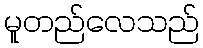
မူတည်လေသည်